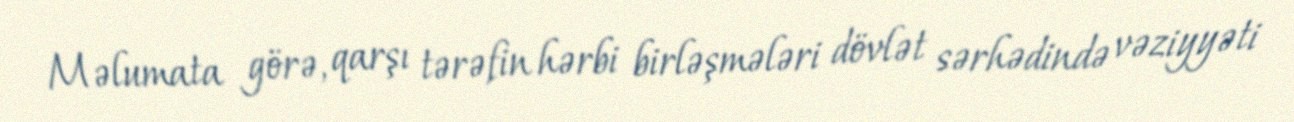
Məlumata görə, qarşı tərəfin hərbi birləşmələri dövlət sərhədində vəziyyəti